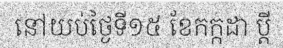
នៅយប់ថ្ងៃទី១៥ ខែកក្កដា ប្តី